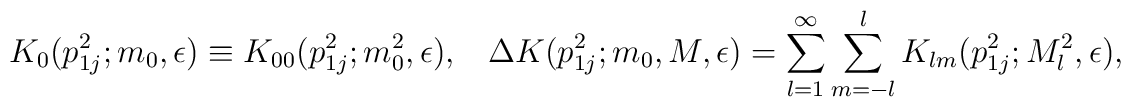
K_{0}(p_{1j}^{2};m_{0},\epsilon) \equiv K_{00}(p_{1j}^{2};m_{0}^{2},\epsilon), \; \; \;  \Delta K (p_{1j}^{2};m_{0},M,\epsilon)=\sum_{l=1}^{\infty} \sum_{m=-l}^{l} K_{lm}(p_{1j}^{2};M_{l}^{2},\epsilon),